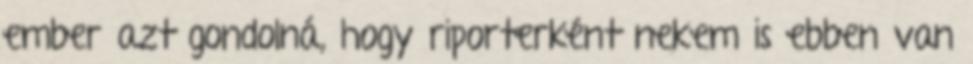
ember azt gondolná, hogy riporterként nekem is ebben van